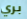
بري